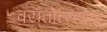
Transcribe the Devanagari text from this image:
वसंतोत्सवाचा